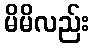
မိမိလည်း